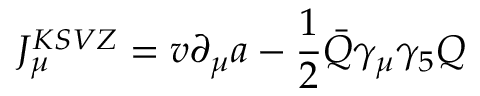
J _ { \mu } ^ { K S V Z } = v \partial _ { \mu } a - { \frac { 1 } { 2 } } \bar { Q } \gamma _ { \mu } \gamma _ { 5 } Q